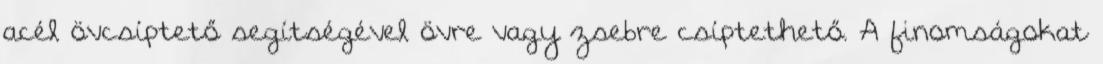
acél övcsíptető segítségével övre vagy zsebre csíptethető. A finomságokat